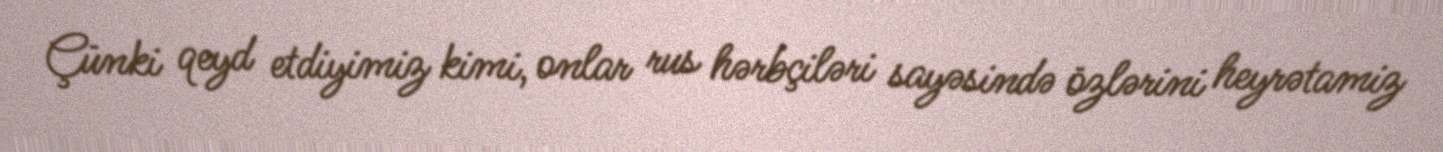
Çünki qeyd etdiyimiz kimi, onlar rus hərbçiləri sayəsində özlərini heyrətamiz